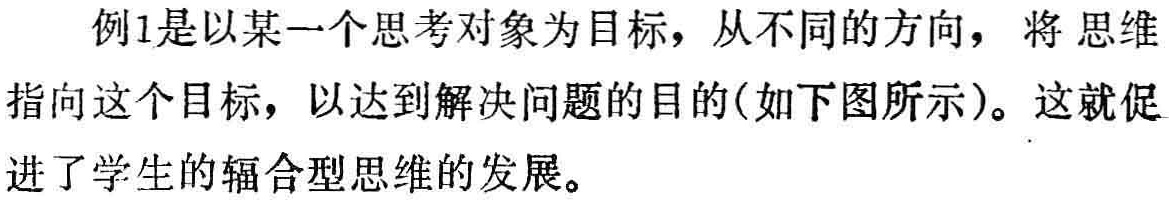
例1是以某一个思考对象为目标，从不同的方向，将 思维指向这个目标，以达到解决问题的目的(如下图所示)。这就促进了学生的辐合型思维的发展。